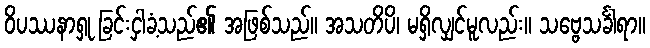
ဝိပဿနာရှု ခြင်းငှါခံ့သည်၏ အဖြစ်သည်။ အသတိပိ၊ မရှိလျှင်မူလည်း။ သဗ္ဗေသင်္ခါရာ။